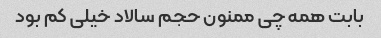
بابت همه چی ممنون حجم سالاد خیلی کم بود